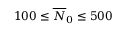
1 0 0 \le \overline { { N } } _ { 0 } \le 5 0 0